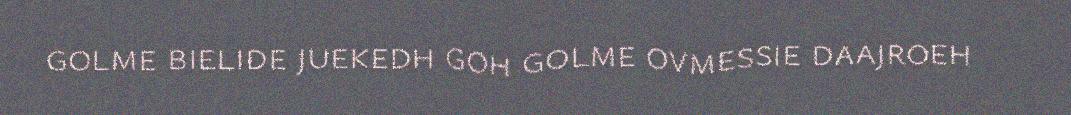
golme bielide juekedh goh golme ovmessie daajroeh